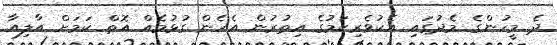
ދެ މީހުންގެ މެދުގައި އެކުވެރިކަމުގެ އިތުރުން އެހެން ގުޅުމެއް އޮތް ކަމަށް އާލިއާ